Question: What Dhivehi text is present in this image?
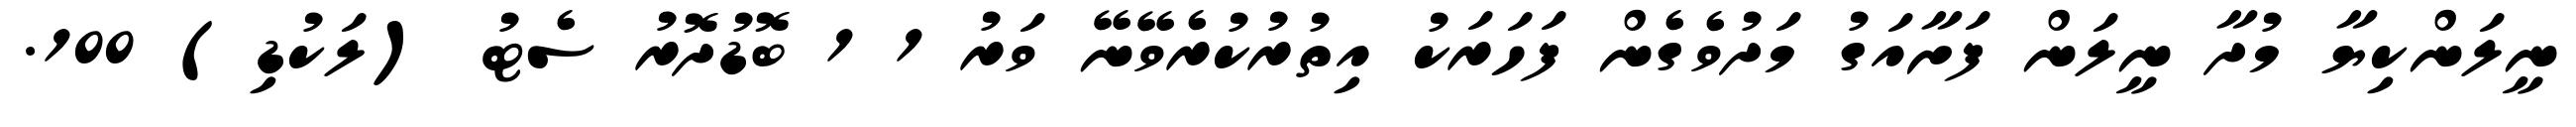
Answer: ނީލަންކިޔާ މުދާ ނީލަން ފަށާއަގު މަދުވެގެން ފަހަރަކު އިތުރުކުރެވޭނޭ ވަރު 1 1 ބޮޑުދޮރު ސެޓު (ލަކުޑި) 100.